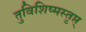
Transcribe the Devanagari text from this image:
तुविशिष्मस्तृप्त्